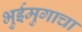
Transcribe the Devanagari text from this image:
भुईमुगाचा